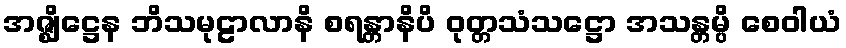
အဇ္ဈိဋ္ဌေန ဘိသမုဠာလာနိ စရန္တာနိပိ ဝုတ္တသံသဋ္ဌော အသန္တမ္ပိ စေဝါယံ